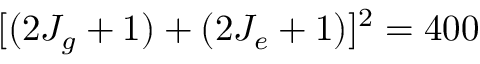
[ ( 2 J _ { g } + 1 ) + ( 2 J _ { e } + 1 ) ] ^ { 2 } = 4 0 0